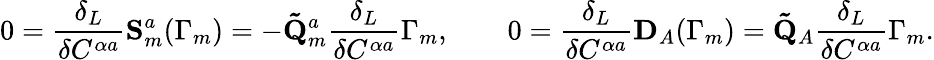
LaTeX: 0=\frac{\delta_{L}}{\delta C^{\alpha a}}\mathbf{S}_{m}^{a}(\Gamma_{m})=-\mathbf{\tilde{Q}}_{m}^{a}\frac{\delta_{L}}{\delta C^{\alpha a}}\Gamma_{m},\qquad 0=\frac{\delta_{L}}{\delta C^{\alpha a}}\mathbf{D}_{A}(\Gamma_{m})=\mathbf{\tilde{Q}}_{A}\frac{\delta_{L}}{\delta C^{\alpha a}}\Gamma_{m}.